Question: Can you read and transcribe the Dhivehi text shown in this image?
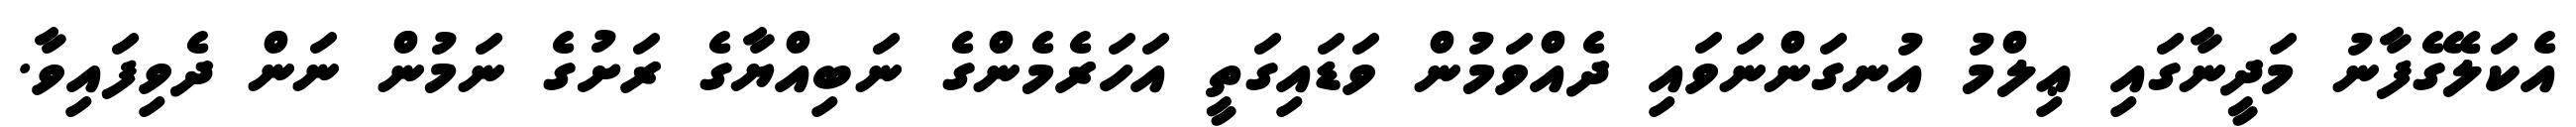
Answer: އެކަލޭގެފާނު މަދީނާގައި ޢިލްމު އުނގަންނަވައި ދެއްވަމުން ވަޑައިގަތީ އަހަރެމެންގެ ނަބިއްޔާގެ ރަށުގެ ނަމުން ނަން ދެވިފައިވާ.